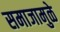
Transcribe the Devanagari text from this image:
समाजामुळे